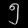
Digit: ၅